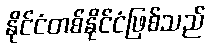
နိုင်ငံတစ်နိုင်ငံဖြစ်သည်